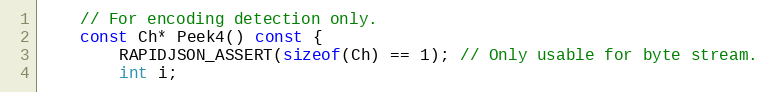
Language: C
    // For encoding detection only.
    const Ch* Peek4() const {
        RAPIDJSON_ASSERT(sizeof(Ch) == 1); // Only usable for byte stream.
        int i;